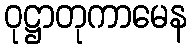
ဝုဋ္ဌာတုကာမေန